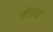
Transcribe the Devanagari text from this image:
नॉरवाक